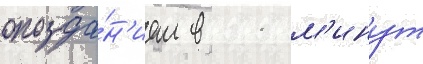
опозда́н'ием в 11 м'инут